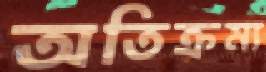
অতিক্রম্য